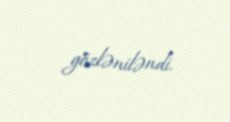
gözləniləndi.